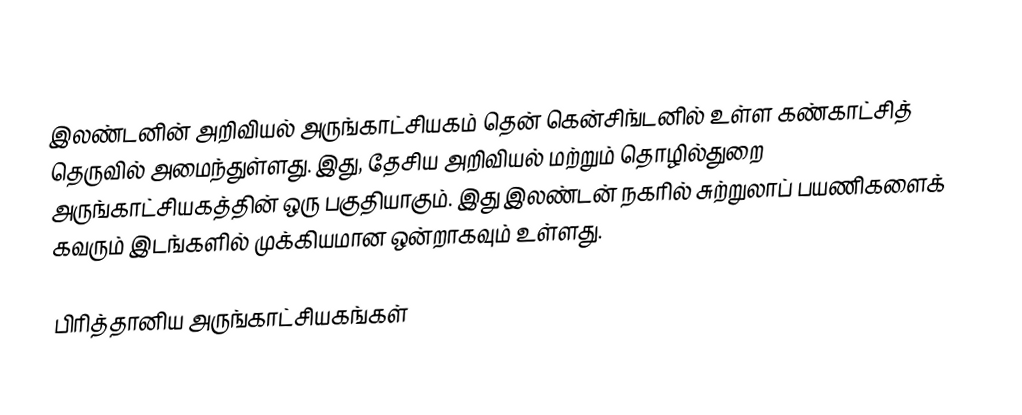
இலண்டனின் அறிவியல் அருங்காட்சியகம் தென் கென்சிங்டனில் உள்ள கண்காட்சித் தெருவில் அமைந்துள்ளது. இது, தேசிய அறிவியல் மற்றும் தொழில்துறை அருங்காட்சியகத்தின் ஒரு பகுதியாகும். இது இலண்டன் நகரில் சுற்றுலாப் பயணிகளைக் கவரும் இடங்களில் முக்கியமான ஒன்றாகவும் உள்ளது.

பிரித்தானிய அருங்காட்சியகங்கள்